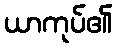
ယာကုပ်၏